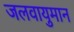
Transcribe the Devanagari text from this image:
जलवायुमान